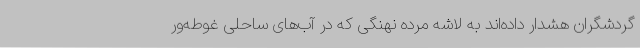
گردشگران هشدار داده‌اند به لاشه مرده نهنگی که در آب‌های ساحلی غوطه‌ور